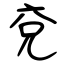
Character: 兗